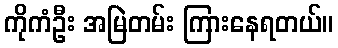
ကိုကံဦး အမြဲတမ်း ကြားနေရတယ်။